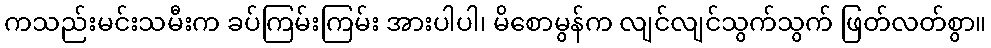
ကသည်းမင်းသမီးက ခပ်ကြမ်းကြမ်း အားပါပါ၊ မိစောမွန်က လျင်လျင်သွက်သွက် ဖြတ်လတ်စွာ။